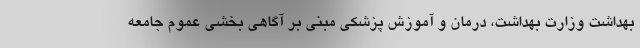
بهداشت وزارت بهداشت، درمان و آموزش پزشکی مبنی بر آگاهی بخشی عموم جامعه